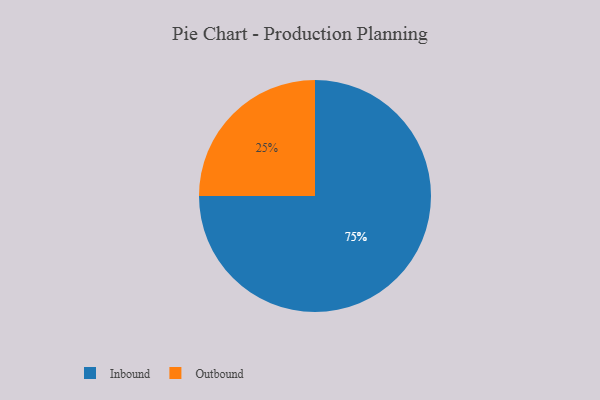
{"axis": {"x": "Category", "y": "Percentage"}, "legend": ["Inbound", "Outbound"], "data": [{"x": "Inbound", "y": 75, "type": "Inbound"}, {"x": "Outbound", "y": 25, "type": "Outbound"}]}